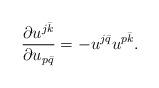
LaTeX: \begin{align*}\dfrac{\partial u^{j\bar k}}{\partial u_{p\bar q}}=-u^{j\bar q}u^{p \bar k}.\end{align*}